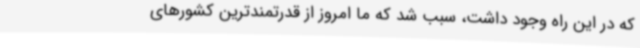
که در این راه وجود داشت، سبب شد که ما امروز از قدرتمندترین کشورهای